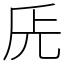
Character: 兏